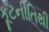
કૂટનીતિથી